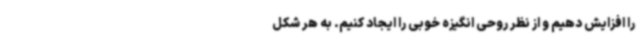
را افزایش دهیم و از نظر روحی انگیزه خوبی را ایجاد کنیم. به هر شکل